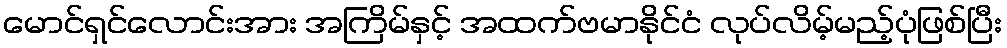
မောင်ရှင်လောင်းအား အကြိမ်နှင့် အထက်ဗမာနိုင်ငံ လုပ်လိမ့်မည့်ပုံဖြစ်ပြီး